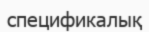
спецификалық